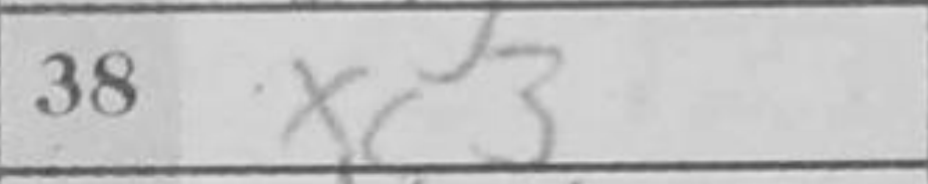
Transcription: xc3